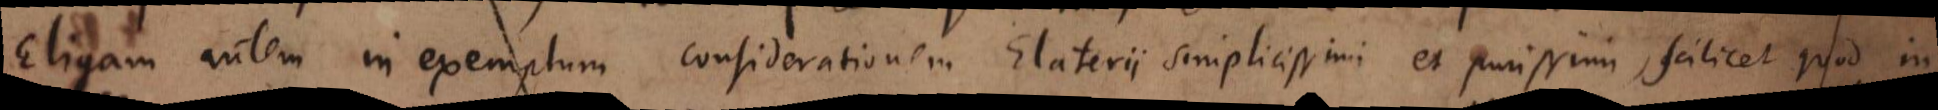
Eligam autem in exemplum considerationem Elaterii simplicissimi et purissimi, scilicet quod in